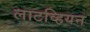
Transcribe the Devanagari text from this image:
लाटव्हियन